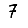
Digit: 7